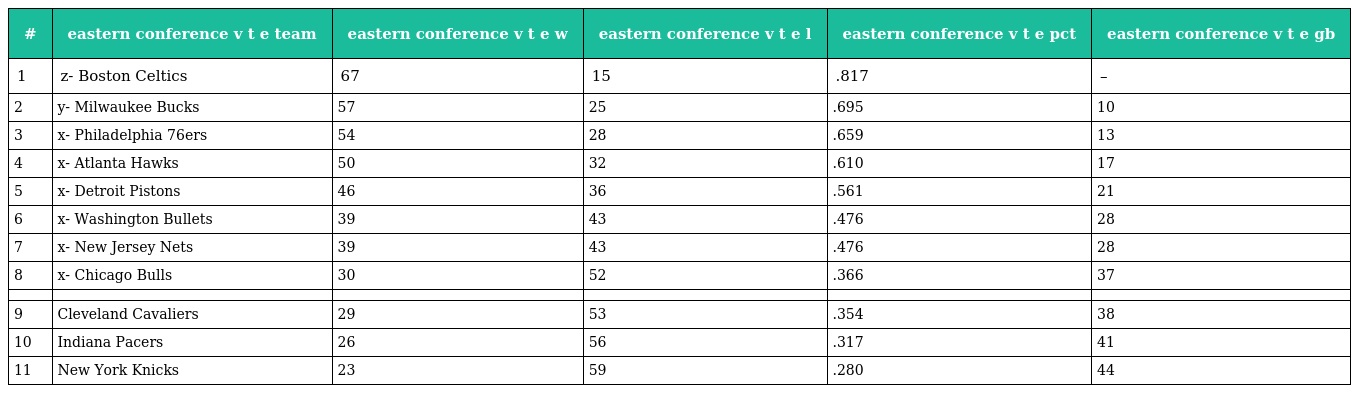
| # | eastern conference v t e team | eastern conference v t e w | eastern conference v t e l | eastern conference v t e pct | eastern conference v t e gb |
 | --- | --- | --- | --- | --- | --- |
 | 1 | z- Boston Celtics | 67 | 15 | .817 | – |
 | 2 | y- Milwaukee Bucks | 57 | 25 | .695 | 10 |
 | 3 | x- Philadelphia 76ers | 54 | 28 | .659 | 13 |
 | 4 | x- Atlanta Hawks | 50 | 32 | .610 | 17 |
 | 5 | x- Detroit Pistons | 46 | 36 | .561 | 21 |
 | 6 | x- Washington Bullets | 39 | 43 | .476 | 28 |
 | 7 | x- New Jersey Nets | 39 | 43 | .476 | 28 |
 | 8 | x- Chicago Bulls | 30 | 52 | .366 | 37 |
 |  |  |  |  |  |  |
 | 9 | Cleveland Cavaliers | 29 | 53 | .354 | 38 |
 | 10 | Indiana Pacers | 26 | 56 | .317 | 41 |
 | 11 | New York Knicks | 23 | 59 | .280 | 44 |